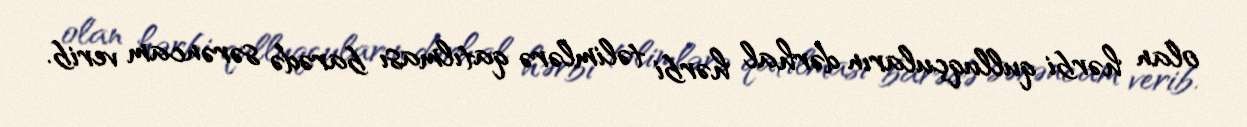
olan hərbi qulluqçuların dərhal hərbi təlimlərə qatılması barədə sərəncam verib.